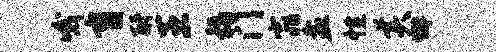
哦盲酹王稻门窕盆性美懈